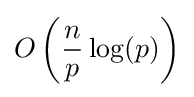
O\left({\frac {n}{p}}\log(p)\right)